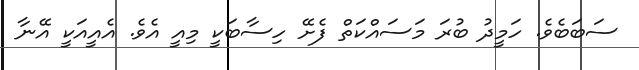
ސަބަބެވެ. ހަމީދު ބުރަ މަސައްކަތް ފެށޭ ހިސާބަކީ މިއީ އެވެ. އެއީއަކީ އޭނާ